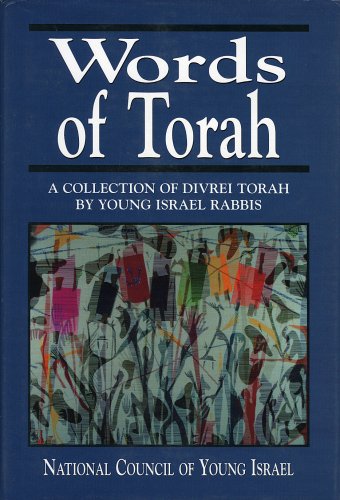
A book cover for Words of Torah: A Collection of Divrei Torah by Young Israel Rabbis; Religion & Spirituality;